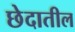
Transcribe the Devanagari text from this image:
छेदातील